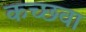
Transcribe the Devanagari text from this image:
कच्छवा